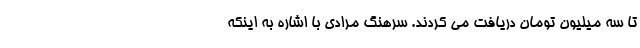
تا سه میلیون تومان دریافت می کردند. سرهنگ مرادی با اشاره به اینکه